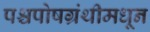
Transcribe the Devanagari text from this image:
पश्चपोषग्रंथीमधून